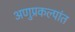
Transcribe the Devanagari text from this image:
अणुप्रकल्पांत